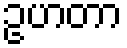
ဥဟတာ